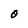
Character: 0